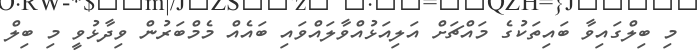
މި ބިލްގައިވާ ބައިތަކުގެ މައްޗަށް އަލިއަޅުއްވާލައްވައި ބައެއް މެމްބަރުން ވިދާޅުވީ މި ބިލް